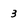
Character: 3